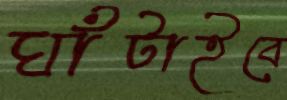
ঘাঁটাইবে